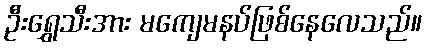
ဦးရွှေသီးအား မကျေမနပ်ဖြစ်နေလေသည်။